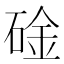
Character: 碒